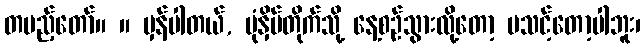
တပည့်တော်။ ။ မှန်ပါတယ်, ပုံနှိပ်တိုက်သို့ နေ့စဉ်သွားလို့တော့ မသင့်တော့ပါဘူး၊